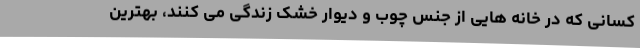
کسانی که در خانه هایی از جنس چوب و دیوار خشک زندگی می کنند، بهترین